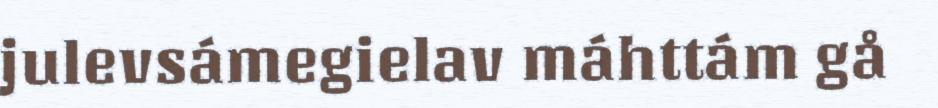
julevsámegielav máhttám gå